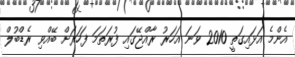
އެންމެ އަޅައިގަތީ 2010 ވަނަ އަހަރު ރާއްޖޭގައި ފުރަތަމަ ފަހަރަށް ބޭއްވި ރެޑްބުލް